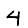
Digit: 4